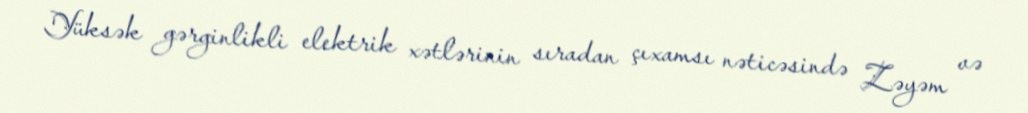
Yüksək gərginlikli elektrik xətlərinin sıradan çıxamsı nəticəsində Zəyəm və